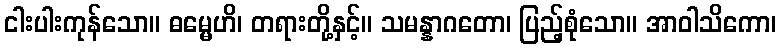
ငါးပါးကုန်သော။ ဓမ္မေဟိ၊ တရားတို့နှင့်။ သမန္နာဂတော၊ ပြည့်စုံသော။ အာဝါသိကော၊